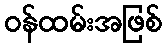
ဝန်ထမ်းအဖြစ်